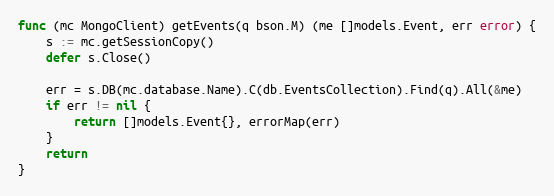
Language: Go
func (mc MongoClient) getEvents(q bson.M) (me []models.Event, err error) {
	s := mc.getSessionCopy()
	defer s.Close()

	err = s.DB(mc.database.Name).C(db.EventsCollection).Find(q).All(&me)
	if err != nil {
		return []models.Event{}, errorMap(err)
	}
	return
}